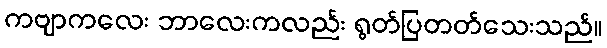
ကဗျာကလေး ဘာလေးကလည်း ရွတ်ပြတတ်သေးသည်။